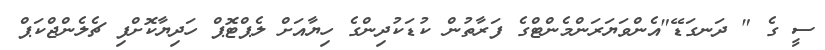
ސީ ގެ " ދަނގަޑޭ"އެންވަޔަރަންމެންޓްގެ ފަރާތުން ކުޑަކުދިންގެ ހިޔާއަށް ލެޕްޓޮޕް ހަދިޔާކޮށްފި ޗެލެންޖްކަޕް